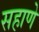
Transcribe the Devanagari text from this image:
सहाणे